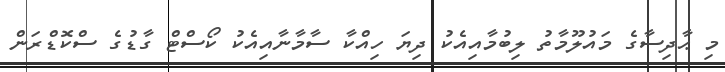
މި ޙާދިސާގެ މައުލޫމާތު ލިބުމާއިއެކު ދިޔަ ހިއްކާ ސާމާނާއިއެކު ކޯސްޓް ގާޑުގެ ސްކޮޑްރަން